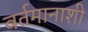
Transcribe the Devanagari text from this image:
वर्तमानाशी